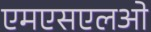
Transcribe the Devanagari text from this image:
एमएसएलओ